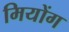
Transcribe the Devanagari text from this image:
मियोंग